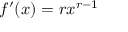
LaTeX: f ^ { \prime } ( x ) = r x ^ { r - 1 }